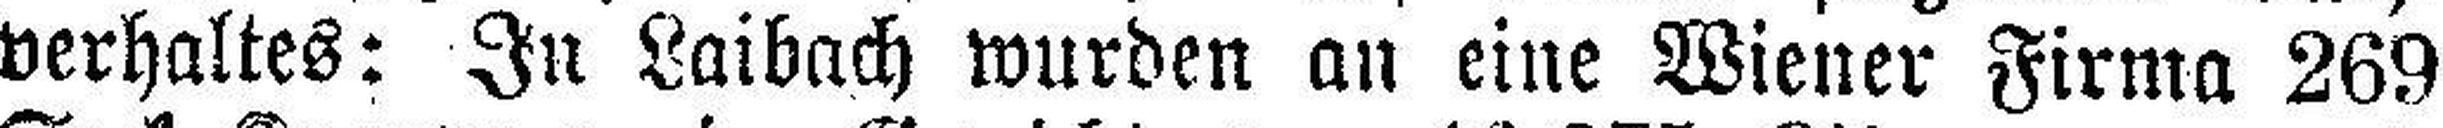
verhaltes: In Laibach wurden an eine Wiener Firma 269